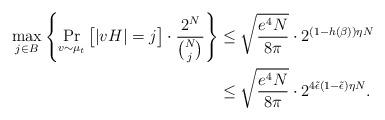
LaTeX: \begin{align*} \max_{j\in B}\left\{ \Pr_{v\sim\mu_t}\big[|vH|=j \big]\cdot \frac{2^N}{\binom{N}{j}} \right\} &\leq \sqrt{\frac{e^4 N}{8\pi}}\cdot 2^{(1-h(\beta))\eta N} \\ &\leq \sqrt{\frac{e^4 N}{8\pi}}\cdot 2^{4\Tilde{\epsilon}(1-\Tilde{\epsilon})\eta N}.\end{align*}